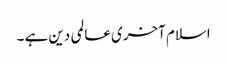
اسلام آخری عالمی دین ہے ۔